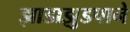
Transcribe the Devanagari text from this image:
झाडाझुडपाने